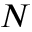
N